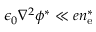
\epsilon _ { 0 } \nabla ^ { 2 } \phi ^ { * } \ll e n _ { \mathrm { e } } ^ { * }